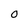
Character: O